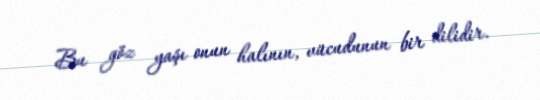
Bu göz yaşı onun halının, vücudunun bir dilidir.